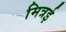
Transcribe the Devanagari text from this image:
मित्रई